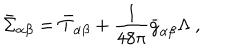
\bar { \Sigma } _ { \alpha \beta } = \bar { T } _ { \alpha \beta } + \frac { 1 } { 4 8 \pi } \bar { g } _ { \alpha \beta } \Lambda ~ ,